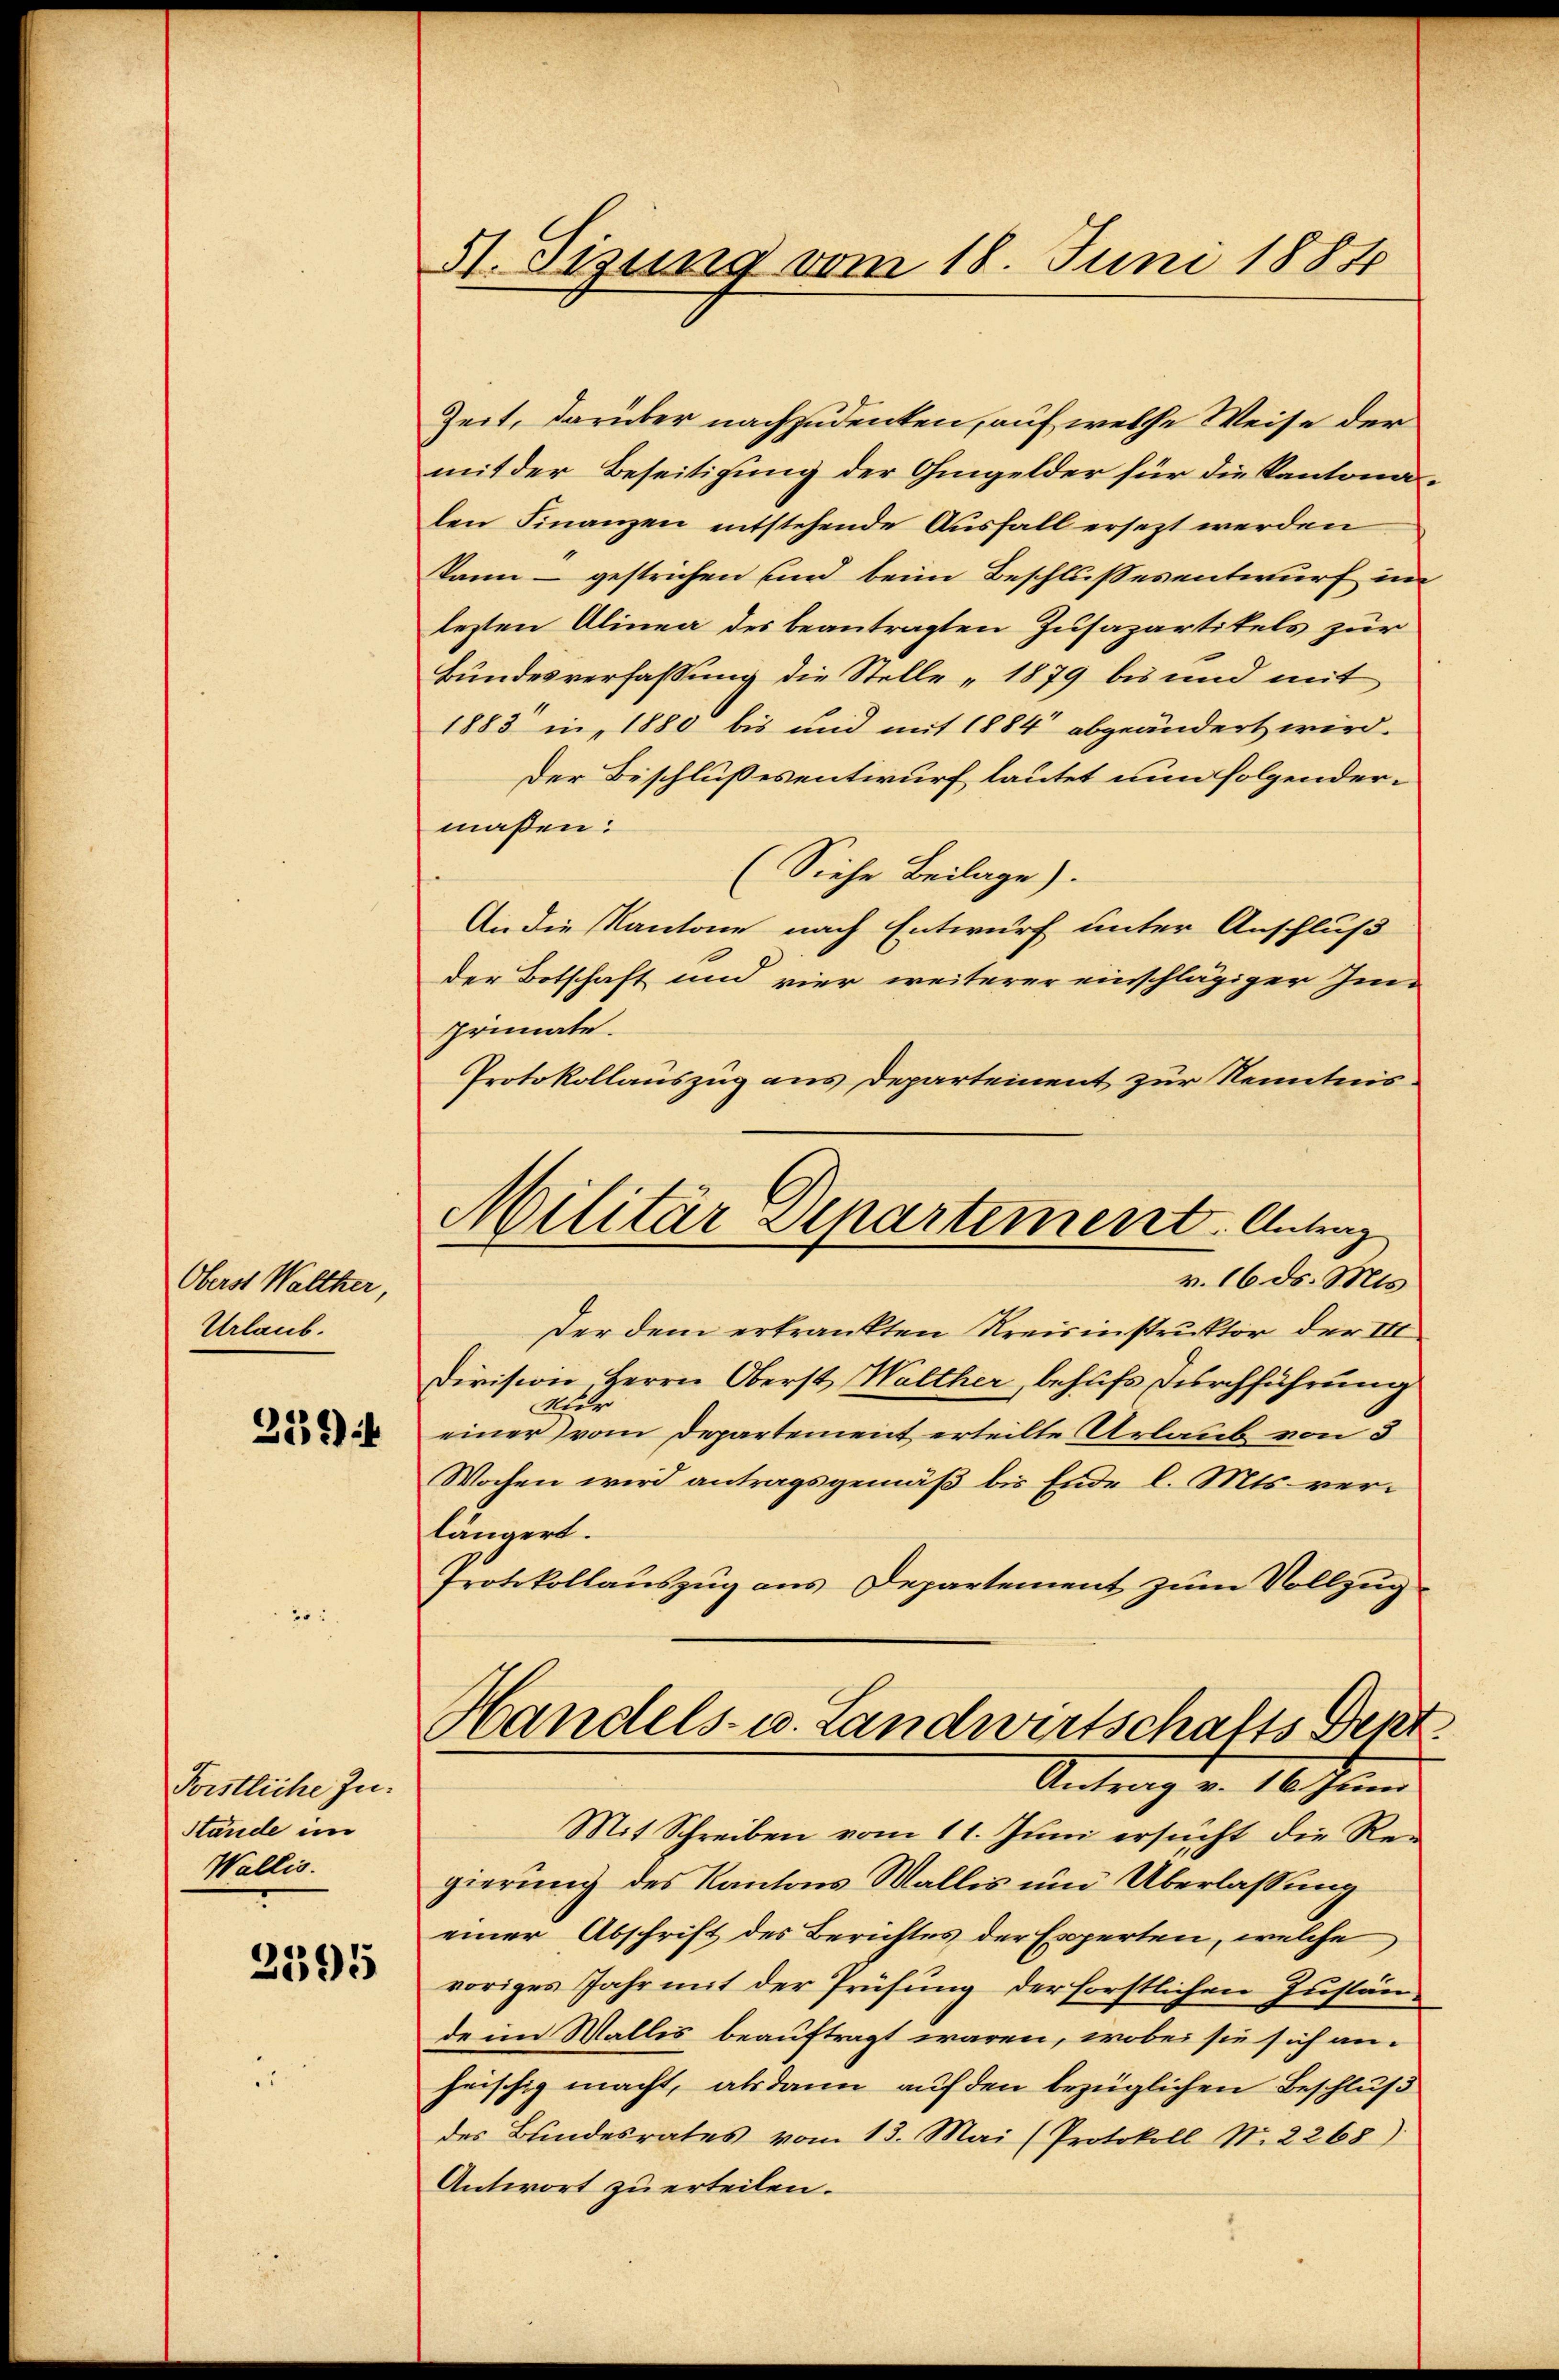
Oberst Walther,
Urlaub.
229)

Forstliche In¬
Stände im
Wallis.

2395

51. Sizung vom 18. Juni 1884

Zeit, darüber nachzudenken, auf welche Weise der
mit der Beseitigung der Ohmgelder für die Kantonalen Finanzen entstehende Ausfall ersezt werden
kann - gestrichen und beim Beschlussesentwurf im
lezten Alinea des beantragten Zusapartikels zur
Bundesverfassung die Stelle 1879 bis und mit
1883 in 1880 bis und mit 1884 abgeändert wird.
Der Beschlußesentwurf lautet nun folgendermaßen:
(Siehe Beilage).
An die Kantone nach Entwurf unter Anschluß
der Botschaft und vier weiterer einschlägiger Imprimate.
Protokollauszug aus Departement zur Kenntnis
Der dem erkrankten Kreisinstruktor der III
Division Herrn Oberst Walther, behufs Durchführung
Nur
einer vom Departement erteilte Urlaub von 3
Wochen wird antragsgemäß bis Ende l. Mts. verlängert.
Protokollauszug aus Departement zum Vollzug
Handels- u. Landwirtschafts Beit
Antrag v. 16. Juni
Mit Schreiben vom 11. Juni ersucht die Re-
gierung des Kantons Wallis um Überlassung
einer Abschrift des Berichtes der Experten, welche
voriges Jahr mit der Prüfung der forstlichen Zustände im Wallis beauftragt waren, wobei sie sich anheischig macht, alsdann auf den bezüglichen Beschluß
des Bundesrates vom 13. Mai (Protokoll N. 2268)
Antwort zu erteilen.

Militär Separtement. Antrag
v. 16 ds. Mts.